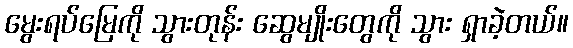
မွေးရပ်မြေကို သွားတုန်း ဆွေမျိုးတွေကို သွား ရှာခဲ့တယ်။